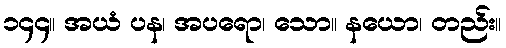
၁၄၄။ အယံ ပန၊ အပရော၊ သော။ နယော၊ တည်း။